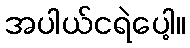
အပါယ်ငရဲပေါ့။